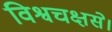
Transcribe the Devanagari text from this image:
विश्वचक्षसे।